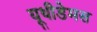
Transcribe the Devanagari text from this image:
यूथीडेमस